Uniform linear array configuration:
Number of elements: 16
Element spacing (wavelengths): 0.5
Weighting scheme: uniform
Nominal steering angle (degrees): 15
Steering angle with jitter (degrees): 15.46
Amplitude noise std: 0.05
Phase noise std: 0.05

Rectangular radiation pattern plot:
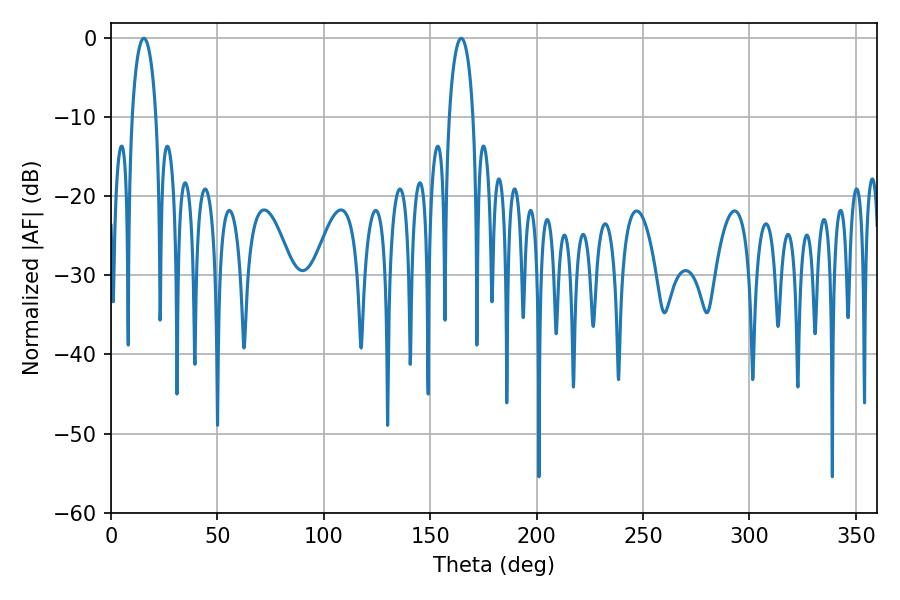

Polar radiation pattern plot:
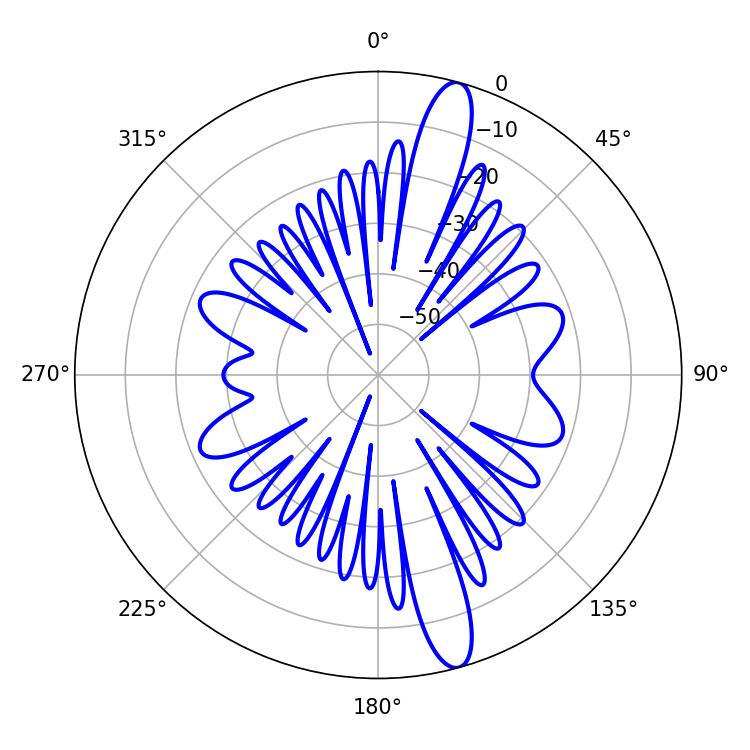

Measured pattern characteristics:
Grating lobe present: FALSE
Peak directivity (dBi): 14.649
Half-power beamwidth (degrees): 6.48
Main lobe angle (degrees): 164.52